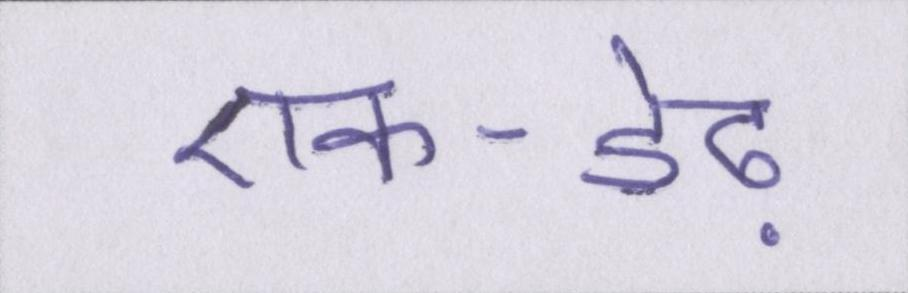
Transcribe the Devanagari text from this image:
एक-डेढ़